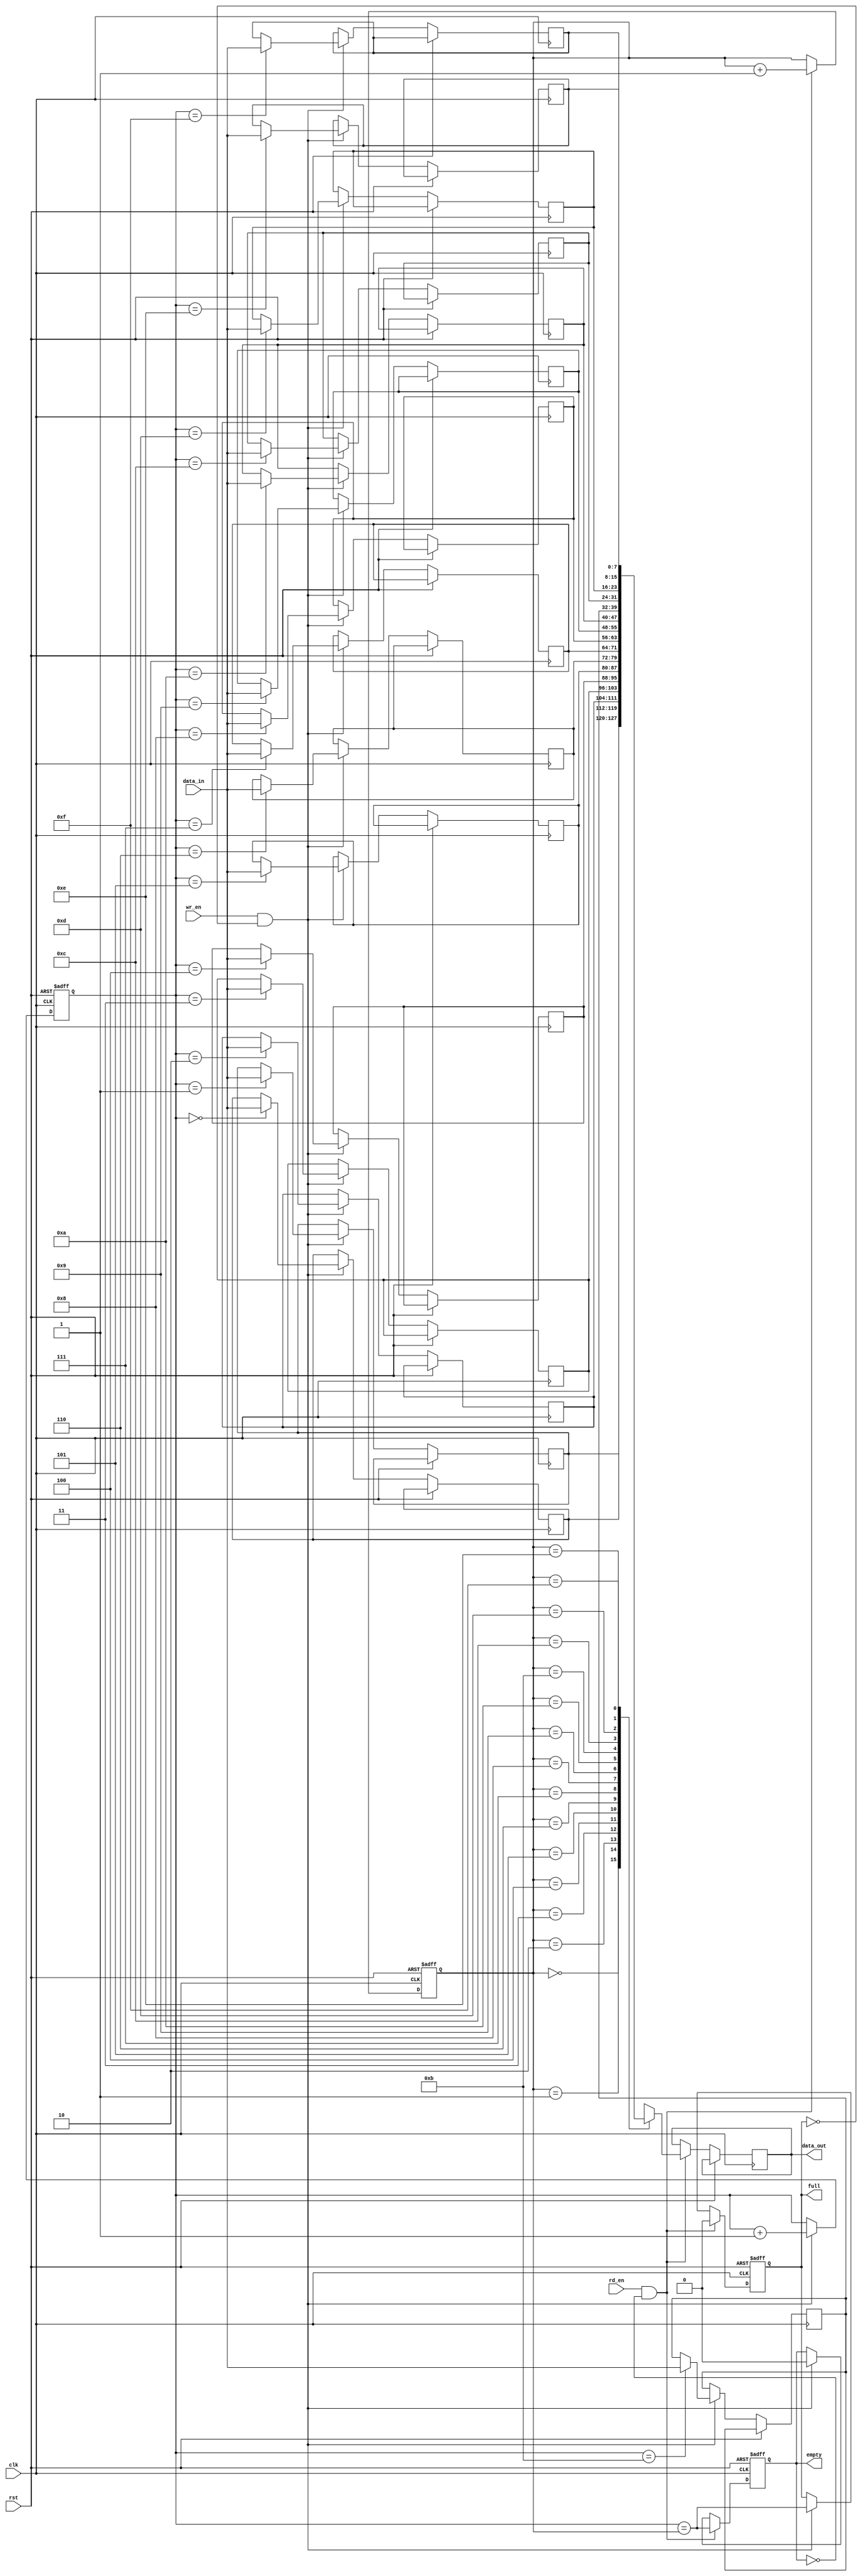
module gray_fifo (
    input wire clk,
    input wire rst,
    input wire wr_en,
    input wire rd_en,
    input wire [7:0] data_in,
    output reg [7:0] data_out,
    output reg full,
    output reg empty
);

parameter depth = 16;
reg [7:0] memory [0:depth-1];
reg [3:0] write_ptr;
reg [3:0] read_ptr;

always @(posedge clk or posedge rst) begin
    if (rst) begin
        write_ptr <= 4'b0000;
        read_ptr <= 4'b0000;
        full <= 1'b0;
        empty <= 1'b1;
    end else begin
        if (wr_en && !full) begin
            memory[write_ptr] <= data_in;
            write_ptr <= write_ptr + 1;
            full <= (write_ptr == read_ptr);
            empty <= 1'b0;
        end
        if (rd_en && !empty) begin
            data_out <= memory[read_ptr];
            read_ptr <= read_ptr + 1;
            full <= 1'b0;
            empty <= (write_ptr == read_ptr);
        end
    end
end

endmodule